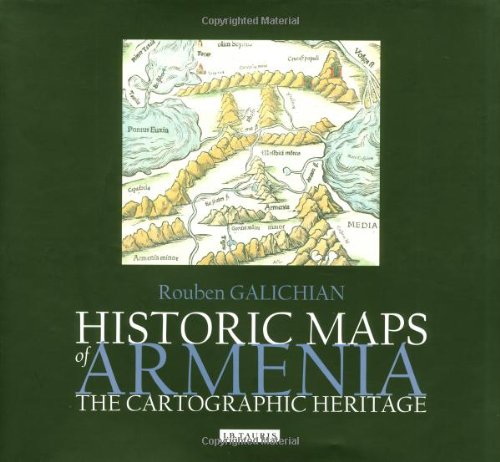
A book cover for Historic Maps of Armenia: The Cartographic Heritage; Rouben Galichian; Travel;